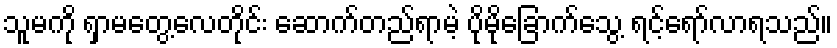
သူမကို ရှာမတွေ့လေတိုင်း ဆောက်တည်ရာမဲ့ ပိုမိုခြောက်သွေ့ ရင့်ရော်လာရသည်။